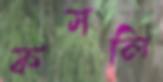
ফসলি